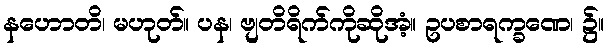
နဟောတိ၊ မဟုတ်။ ပန၊ ဗျတိရိက်ကိုဆိုအံ့။ ဥပစာရက္ခဏေ၊ ၌။